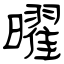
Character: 曜